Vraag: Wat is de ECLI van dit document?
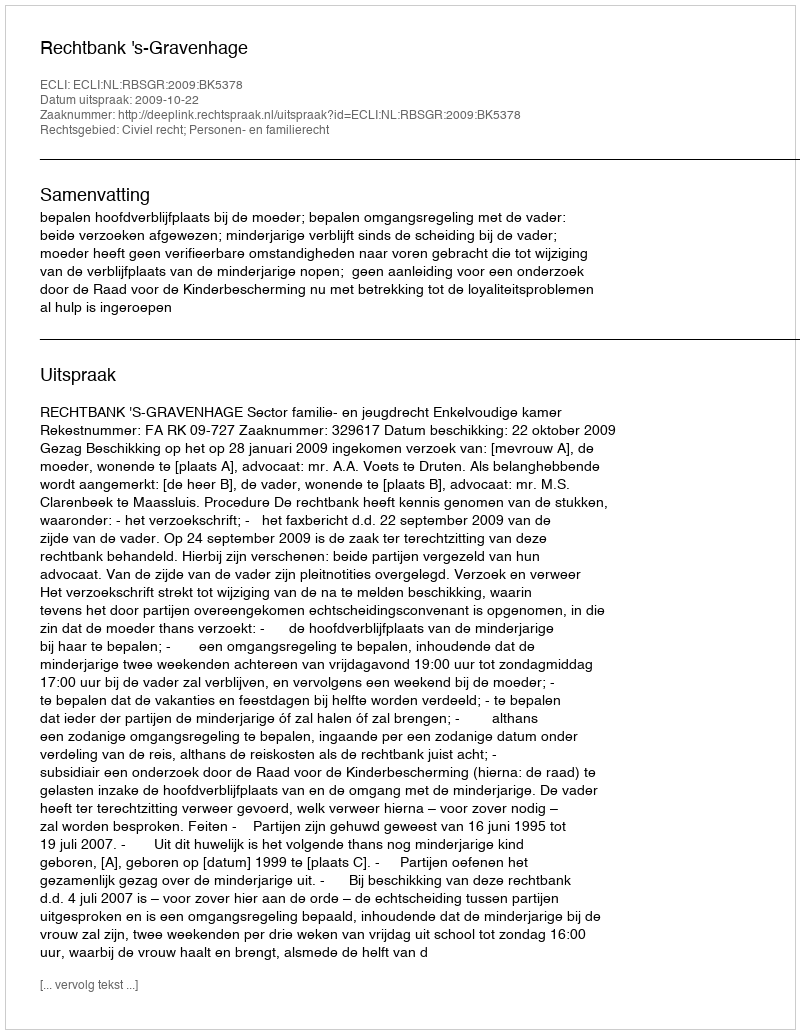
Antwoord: ECLI:NL:RBSGR:2009:BK5378